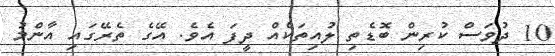
10 ދުވަސް ކުރިން ބޮޑެތި ލުއިތަކެއް ދީފަ އެވެ. އޭގެ ތެރޭގައި އާންމު